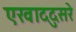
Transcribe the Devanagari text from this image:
एखाददुसरे